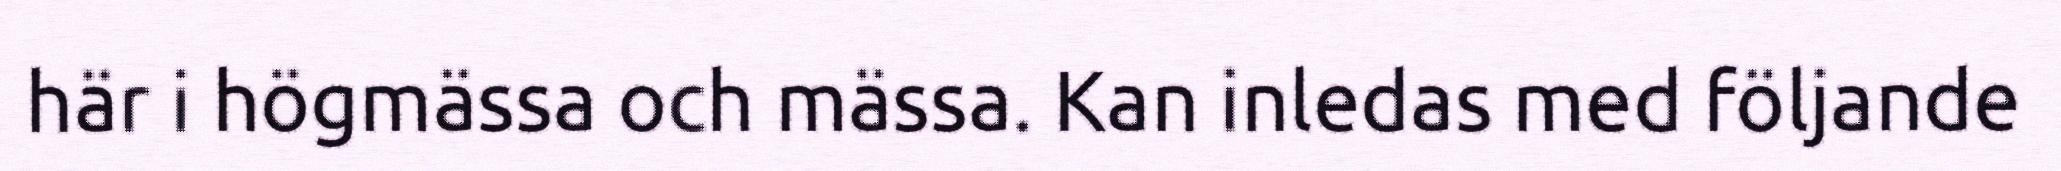
här i högmässa och mässa. Kan inledas med följande